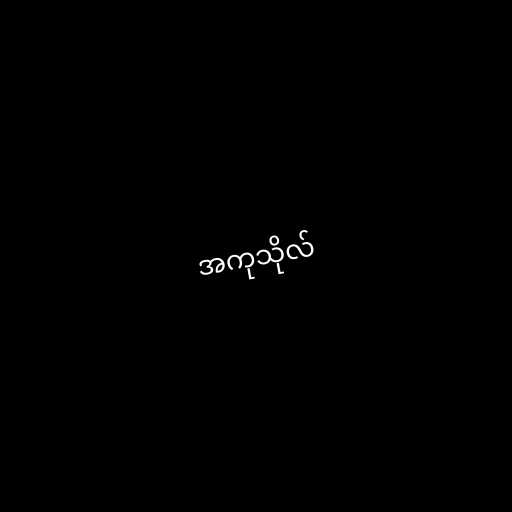
အကုသိုလ်